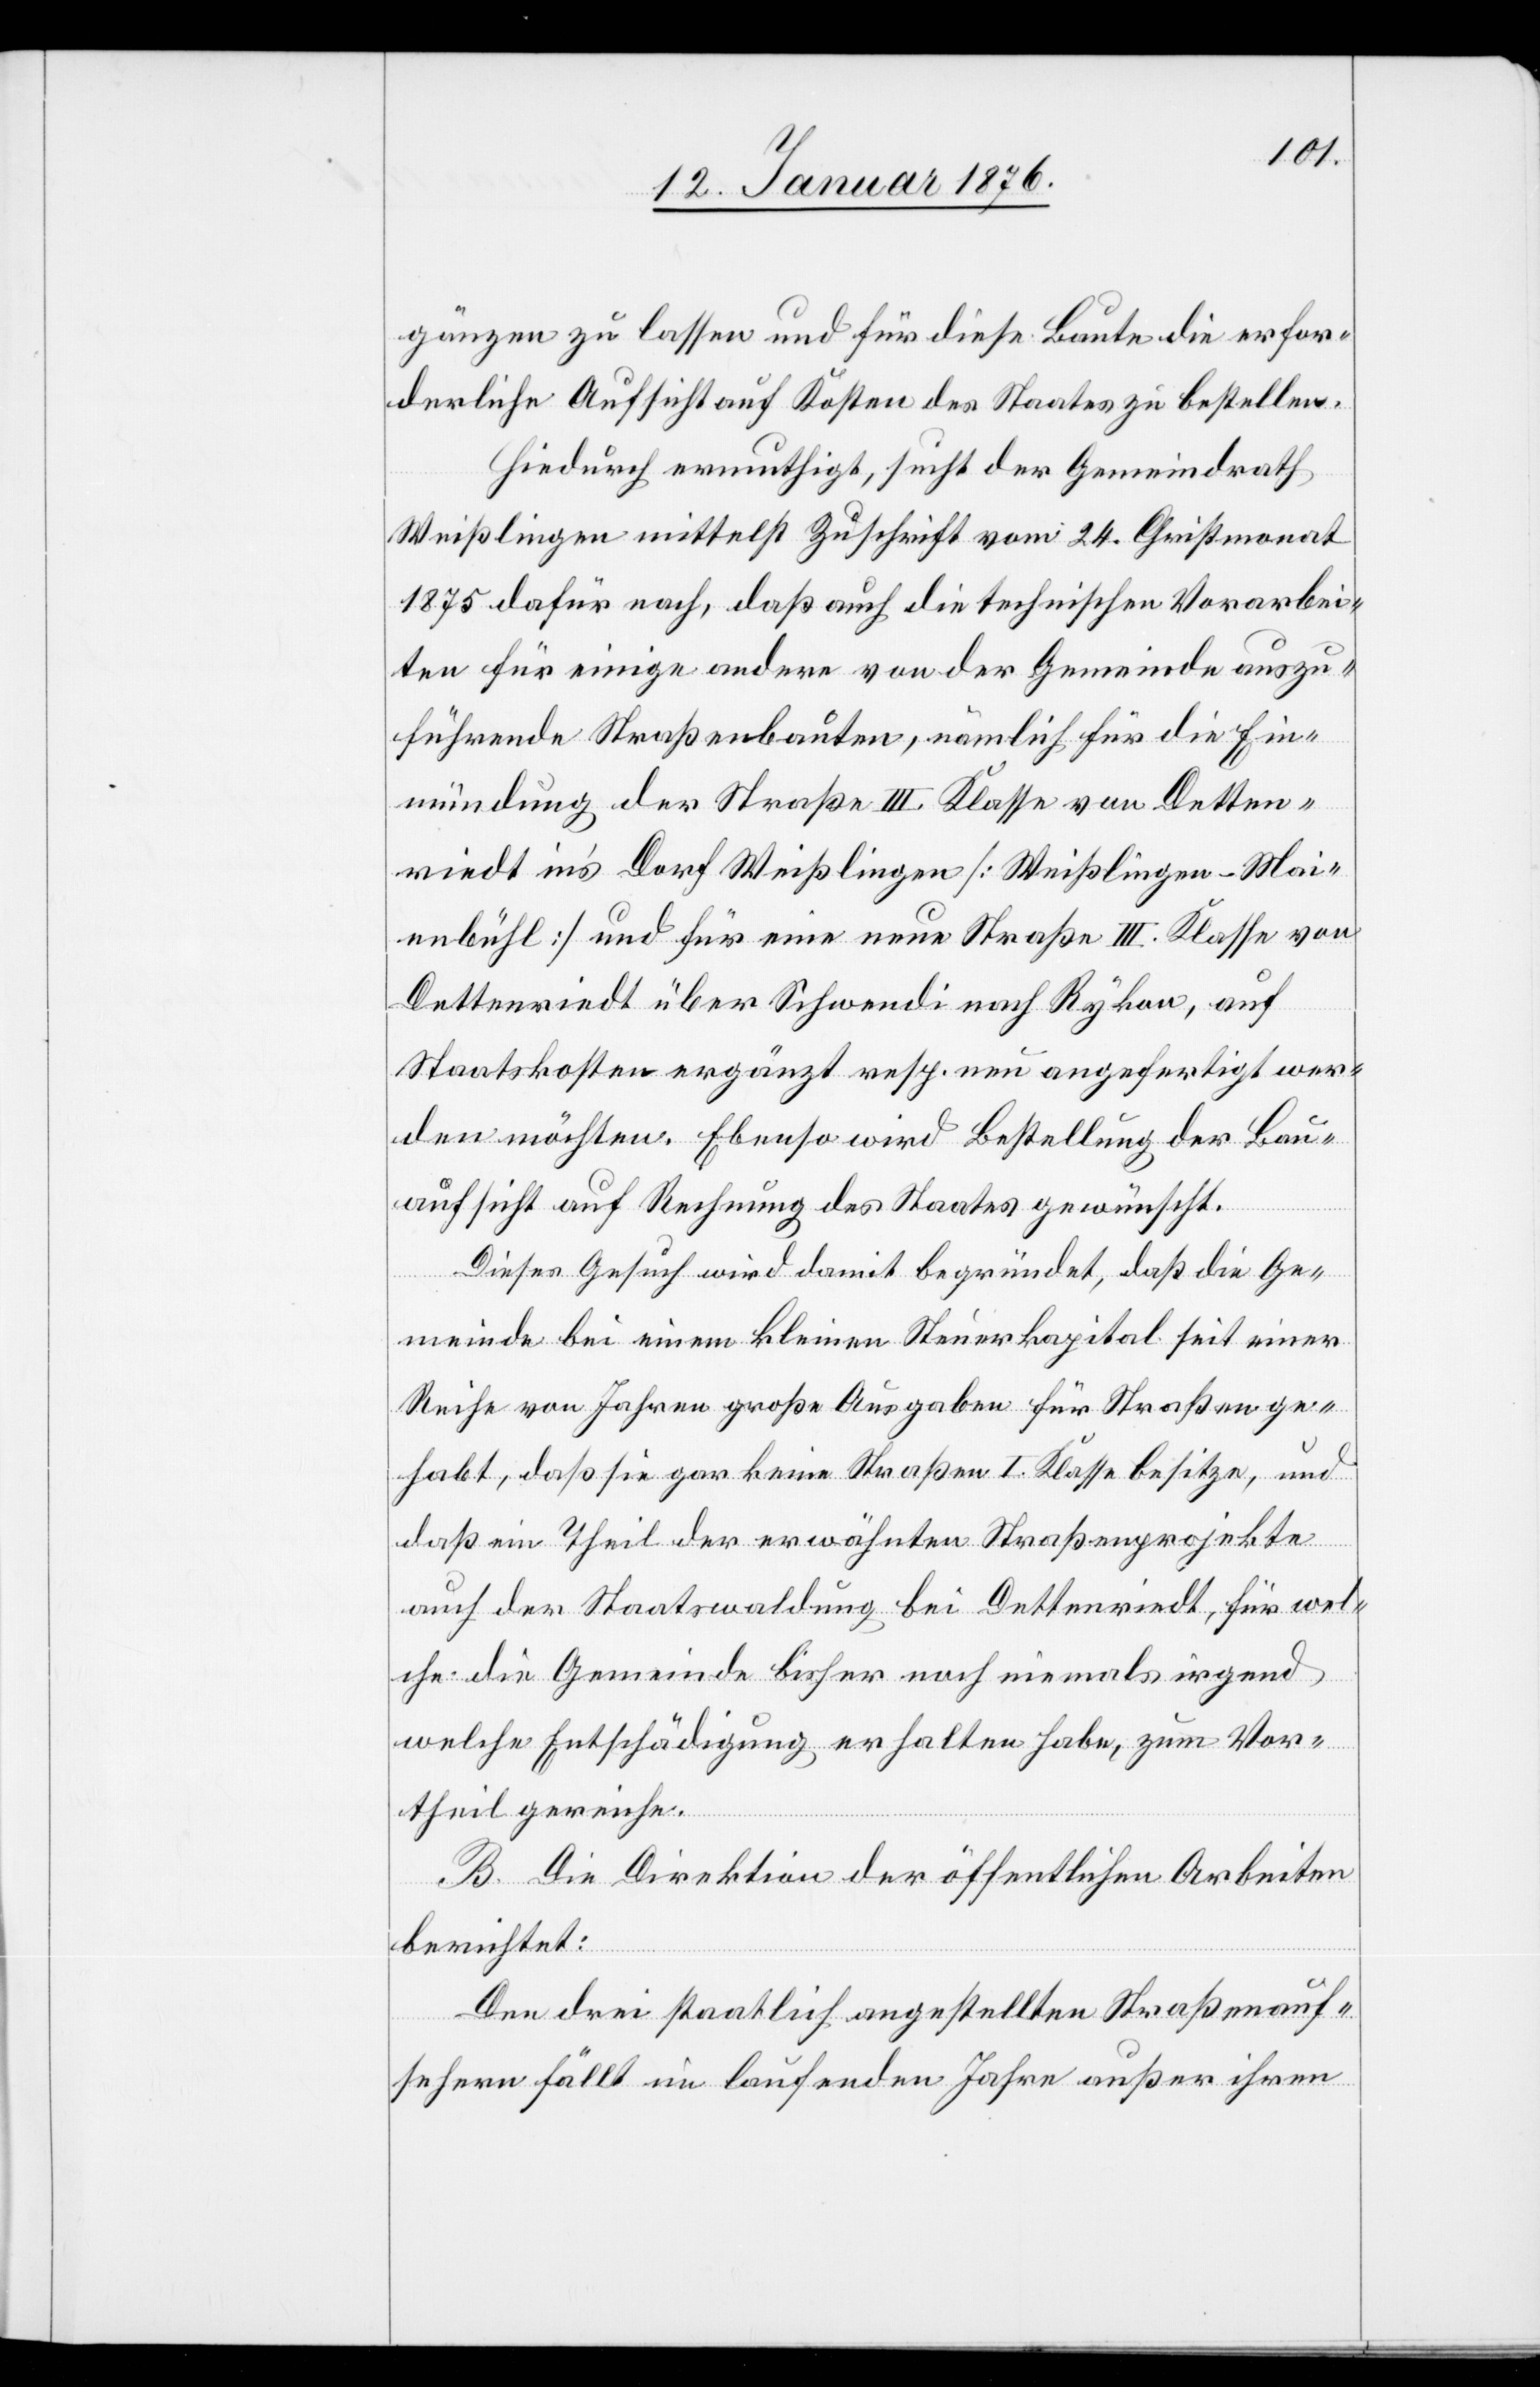
gänzen zu lassen und für diese Baute die erfor¬
derliche Aufsicht auf Kosten des Staates zu bestellen.
Hiedurch ermuthigt, sucht der Gemeindrath
Weißlingen mittelst Zuschrift vom 24. Christmonat
1875 dafür nach, daß auch die technischen Vorarbei¬
ten für einige andere von der Gemeinde auszu¬
führende Straßenbauten, nämlich für die Ein¬
mündung der Straße III. Klasse von Detten¬
riedt in’s Dorf Weißlingen [Weißlingen-Mai¬
enbühl] und für eine neue Straße III. Klasse von
Dettenriedt über Schwendi nach Rykon, auf
Staatskosten ergänzt resp. neu angefertigt wer¬
den möchten. Ebenso wird Bestellung der Bau¬
aufsicht auf Rechnung des Staates gewünscht.
Dieses Gesuch wird damit begründet, daß die Ge¬
meinde bei einem kleinen Steuerkapital seit einer
Reihe von Jahren große Ausgaben für Straßen ge¬
habt, daß sie gar keine Straße I. Klasse besitze, und
daß ein Theil der erwähnten Straßenprojekte
auch der Staatswaldung bei Dettenriedt, für wel¬
che die Gemeinde bisher noch niemals irgend
welche Entschädigung erhalten habe, zum Vor¬
theil gereiche.
B. Die Direktion der öffentlichen Arbeiten
berichte:
Den drei staatlich angestellten Straßenauf¬
sehern fällt im laufenden Jahre außer ihren